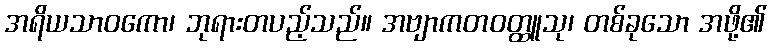
အရိယသာဝကော၊ ဘုရားတပည့်သည်။ အဗျာကတဝတ္ထူသု၊ တစ်ခုသော အဖို့၏